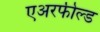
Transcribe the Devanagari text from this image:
एअरफील्ड